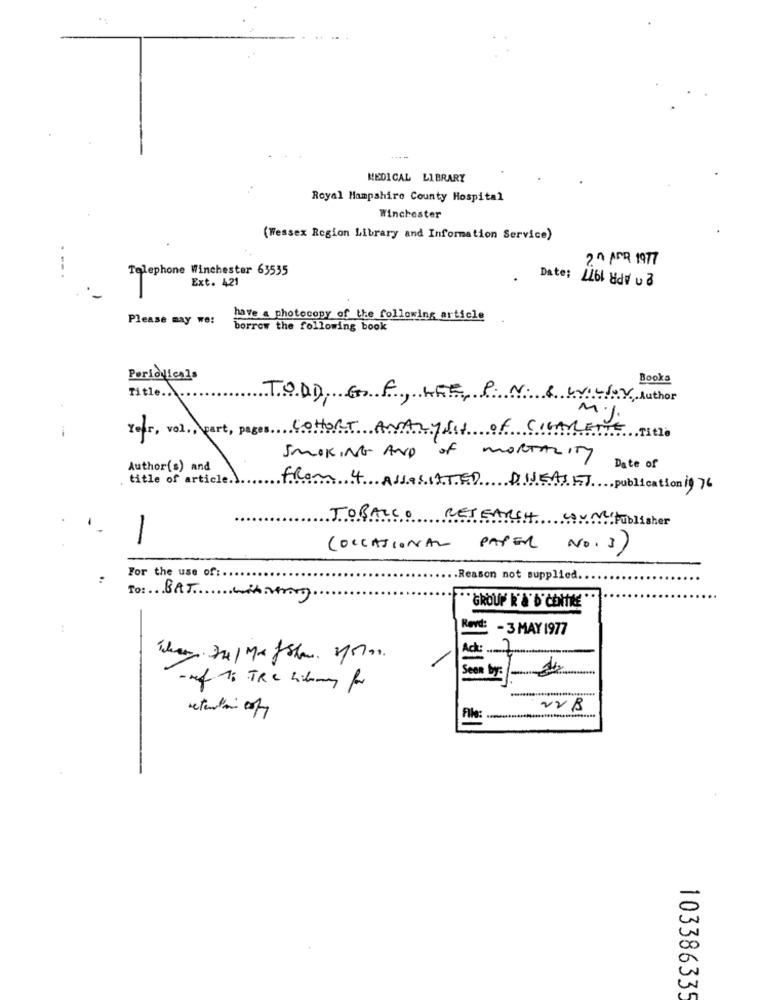
---
MEDICAL LIBRARY
Royal Hampshire County Hospital
Winchester
(Wessex Region Library and Information Service)
2^ AND 1977
Telephone Winchester 63535
Ext. 421
Date:
Please may we:
have a photocopy of the following article
borrow the following book
Periodicals
Books
Title ...
TODD, GA, LEE
P. N. & WILLOY, Author
1
Your, vol ., part, pages COHORT AND
27511
of CIGAR
... Title
SMOKING AND OF MORTALITY
Author(s) and
Date of
title of article.
from 4 ASSOCIATED DUEASET publicationif 76
TOBACCO RESEARCH
av .... Publisher
-
(OCCASIONAL PAPER
No. 3)
For the use of: ..
Reason not supplied.
To: BAT
"GROUP' R'&' D'CENTRE
Rovd: - 3 MAY 1977
When the/ Me /show som.
913
of 1: TRC library for
22B
103386335